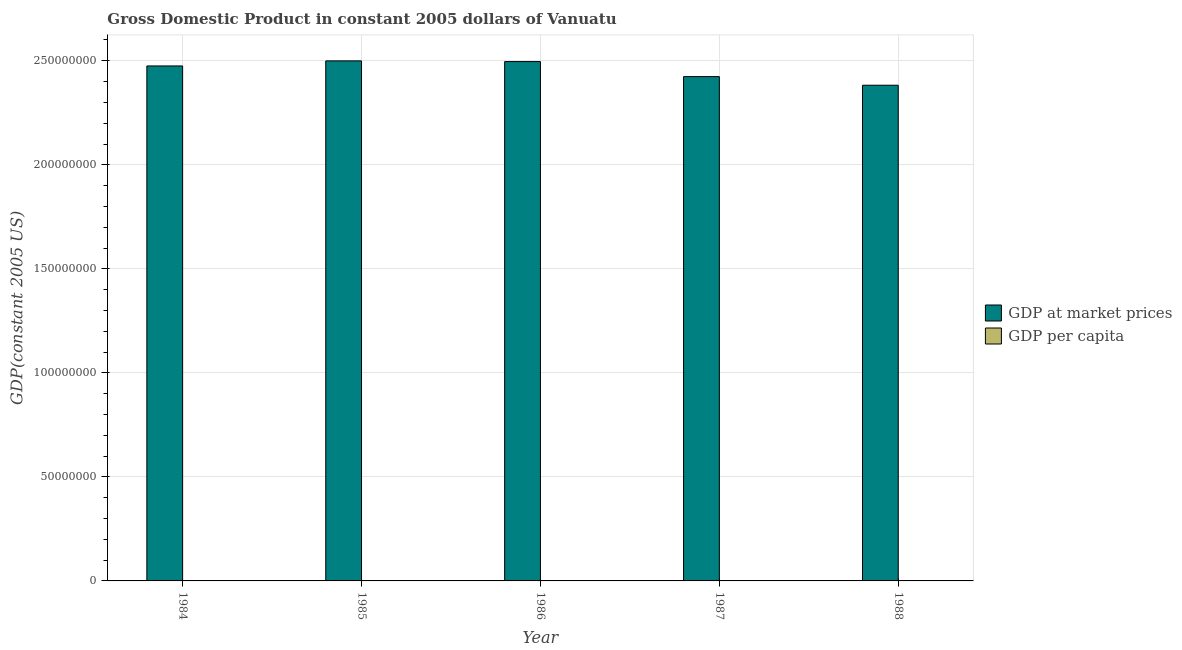
| Year | GDP at market prices | GDP per capita |
 | --- | --- | --- |
 | 1984 | 2.48e+08 | 1.95e+03 |
 | 1985 | 2.5e+08 | 1.92e+03 |
 | 1986 | 2.5e+08 | 1.88e+03 |
 | 1987 | 2.42e+08 | 1.78e+03 |
 | 1988 | 2.38e+08 | 1.71e+03 |